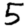
Digit: 5